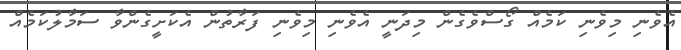
އެވެނި މިވެނި ކަމެއް ގޯސްވެގެން މިދަނީ އެވެނި މިވެނި ފަރާތުން އެކަށީގެންވާ ސަމާލުކަމެއް